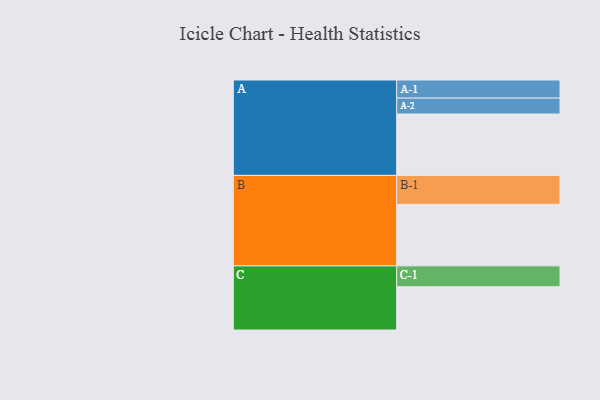
{"axis": {"x": "Segment", "y": "Value"}, "legend": ["", "A", "B", "C"], "data": [{"x": "A", "y": 583, "type": ""}, {"x": "B", "y": 584, "type": ""}, {"x": "C", "y": 411, "type": ""}, {"x": "A-1", "y": 172, "type": "A"}, {"x": "A-2", "y": 151, "type": "A"}, {"x": "B-1", "y": 275, "type": "B"}, {"x": "C-1", "y": 198, "type": "C"}]}